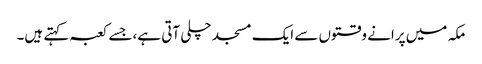
مکہ میں پرانے وقتوں سے ایک مسجد چلی آتی ہے،جسے کعبہ کہتے ہیں۔